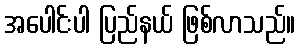
အပေါင်းပါ ပြည်နယ် ဖြစ်လာသည်။